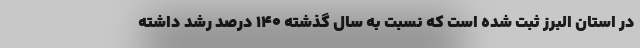
در استان البرز ثبت شده است که نسبت به سال گذشته ۱۴۰ درصد رشد داشته